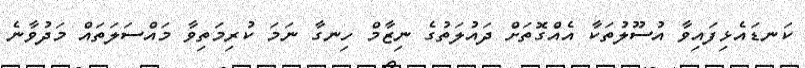
ކަނޑައެޅިފައިވާ އުސޫލުތަކާ އެއްގޮތަށް ދައުލަތުގެ ނިޒާމް ހިނގާ ނަމަ ކުރިމަތިވާ މައްސަލަތައް މަދުވާނެ